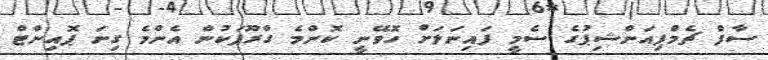
ސާފް ޗެމްޕިއަންޝިޕުގެ ސެމީ ފައިނަލަށް ހޮވޭނީ ކޮންމެ ގްރޫޕަކުން އެންމެ ގިނަ ޕޮއިންޓް